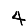
Digit: 4